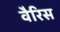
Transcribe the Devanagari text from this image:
वैरिस